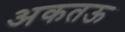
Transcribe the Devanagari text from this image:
अकतऊ